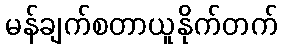
မန်ချက်စတာယူနိုက်တက်